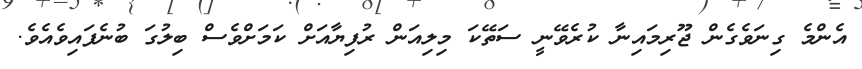
އެންމެ ގިނަވެގެން ޖޫރިމައިނާ ކުރެވޭނީ ސަތޭކަ މިލިއަން ރުފިޔާއަށް ކަމަށްވެސް ބިލުގަ ބުނެފައިވެއެވެ.